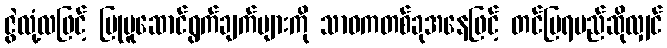
ဇွဲလုံ့လဖြင့် ပြုမူဆောင်ရွက်ချက်များကို သာဓကတစ်ခုအနေဖြင့် တင်ပြရမည်ဆိုလျှင်